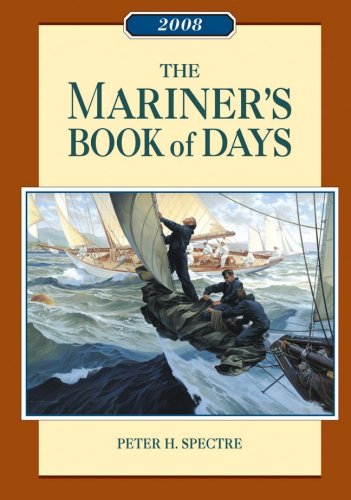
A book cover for The Mariner's Book of Days 2008 Calendar; Peter H. Spectre; Calendars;